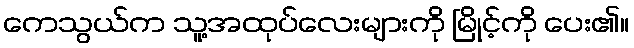
ကေသွယ်က သူ့အထုပ်လေးများကို မြိုင့်ကို ပေး၏။